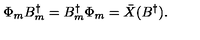
\Phi _ { m } B _ { m } ^ { \dagger } = B _ { m } ^ { \dagger } \Phi _ { m } = \bar { X } ( B ^ { \dagger } ) .